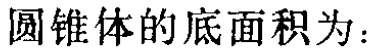
圆锥体的底面积为：